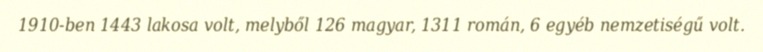
1910-ben 1443 lakosa volt, melyből 126 magyar, 1311 román, 6 egyéb nemzetiségű volt.